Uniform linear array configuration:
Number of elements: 48
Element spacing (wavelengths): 1
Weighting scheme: hann
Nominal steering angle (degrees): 30
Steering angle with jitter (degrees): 31.452
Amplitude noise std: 0.05
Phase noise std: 0.05

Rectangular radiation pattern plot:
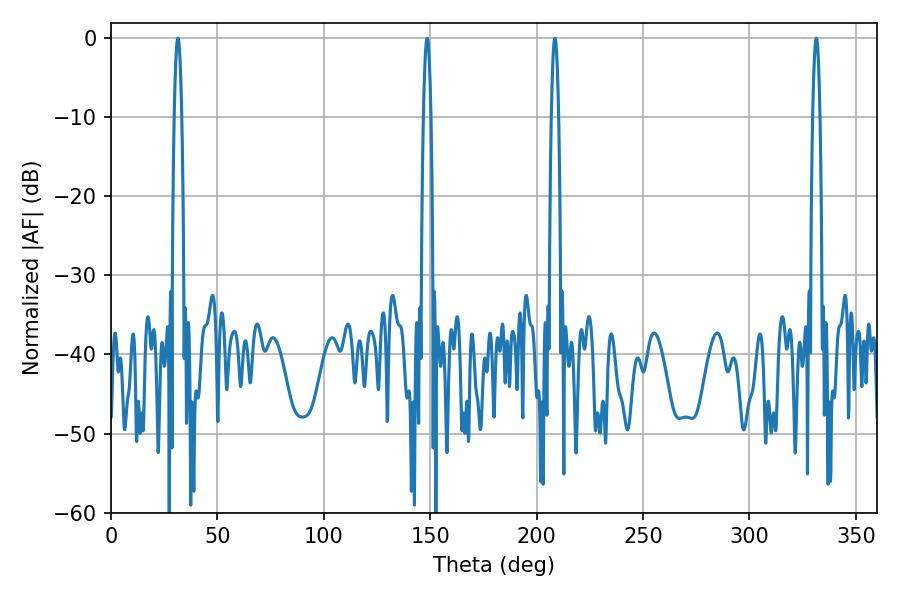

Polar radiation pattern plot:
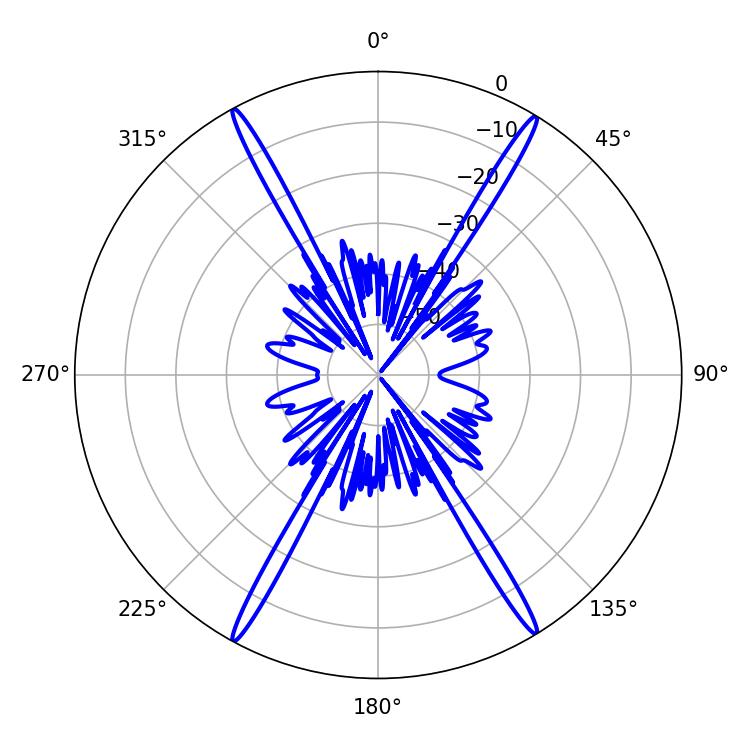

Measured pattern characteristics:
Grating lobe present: TRUE
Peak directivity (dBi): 26.665
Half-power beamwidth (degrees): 1.8
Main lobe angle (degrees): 208.62